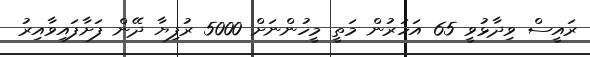
ރައީސް ވިދާޅުވީ 65 އަހަރުން މަތީ މީހުންނަށް 5000 ރުފިޔާ ދޭން ފަށާފައިވާއިރު